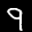
Label: 9